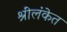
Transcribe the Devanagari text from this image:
श्रींलंकेत